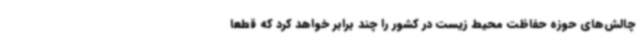
چالش‌های حوزه حفاظت محیط زیست در کشور را چند برابر خواهد کرد که قطعاً